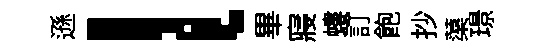
遜l畢寢螻訂飽抄蕖璟